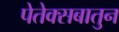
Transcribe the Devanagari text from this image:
पेतेक्सबातुन